Civil Veterinary Department. Madras. Admin. report 1926-33 - 1926-1933
Year: 1926
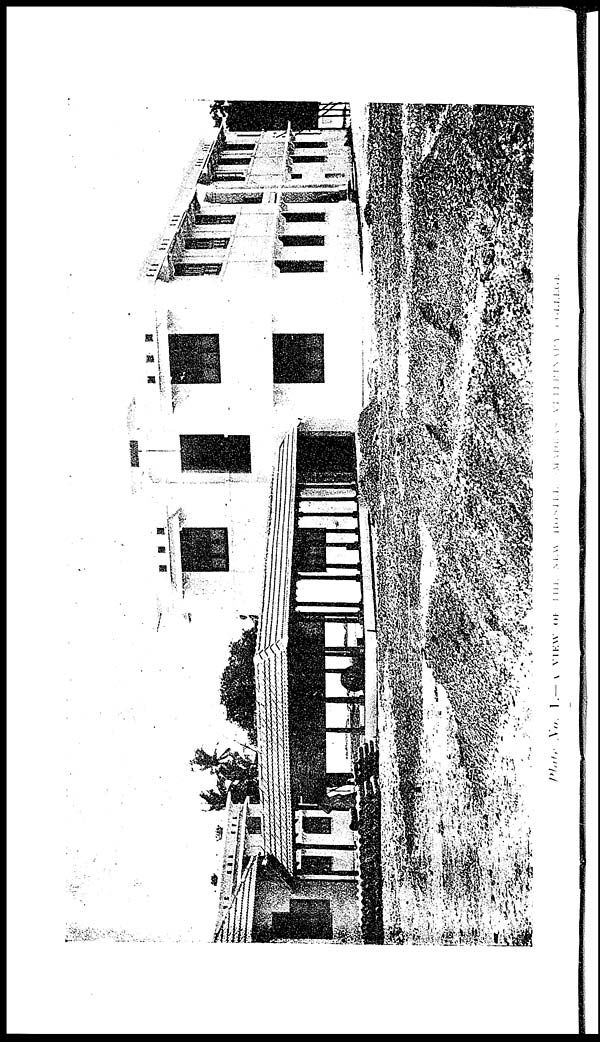
Plate No. 1.—A
VIEW
OF
THE
NEW
HOSTEL
MADRAS
VETERINARY
COLLAGE.